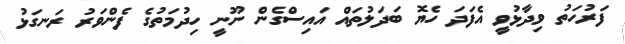
ފަރުހަތު ވިދާޅުވީ އެފަދަ ހެޔޮ ބަދަލުތައް އައިސްގެން ނޫނީ ހިދުމަތުގެ ފެންވަރު ރަނގަޅު